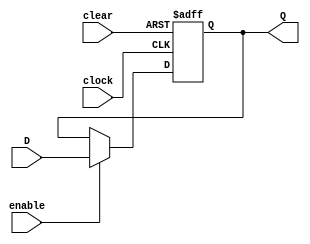
//------------------------------------------------------------------
// Arquivo   : registrador_8.v
// Projeto   : Polilock
//------------------------------------------------------------------
// Descricao : Registrador de 8 bits
//             
//------------------------------------------------------------------
// Revisoes  :
//     Data        Versao  Autor             Descricao
//     14/12/2023  1.0     Edson Midorikawa  versao inicial
//     11/03/2024  1.1     Vitor Sasaki      transforma em 8 bits
//------------------------------------------------------------------
//
module registrador_8 (
    input        clock,
    input        clear,
    input        enable,
    input  [7:0] D,
    output [7:0] Q
);

    reg [7:0] IQ;

    always @(posedge clock or posedge clear) begin
        if (clear)
            IQ <= 0;
        else if (enable)
            IQ <= D;
    end

    assign Q = IQ;

endmodule